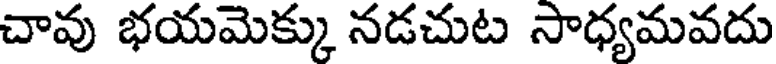
చావు భయమెక్కు నడచుట సాధ్యమవదు